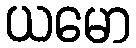
ယမော